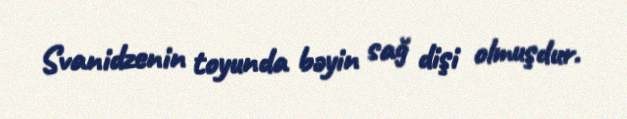
Svanidzenin toyunda bəyin sağ dişi olmuşdur.